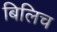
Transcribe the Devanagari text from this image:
बिलिच